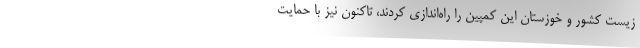
زیست کشور و خوزستان این کمپین را راه‌اندازی کردند، تاکنون نیز با حمایت